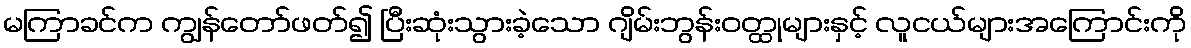
မကြာခင်က ကျွန်တော်ဖတ်၍ ပြီးဆုံးသွားခဲ့သော ဂျိမ်းဘွန်းဝတ္ထုများနှင့် လူငယ်များအကြောင်းကို